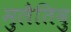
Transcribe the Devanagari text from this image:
मुलैतिवु